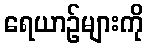
ရေယာဉ်များကို